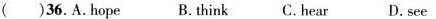
( )36.A.hope B.think C.hear D.see